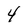
Character: 4